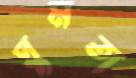
ঘুমতা